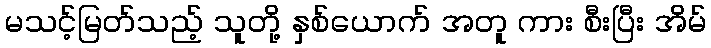
မသင့်မြတ်သည့် သူတို့ နှစ်ယောက် အတူ ကား စီးပြီး အိမ်